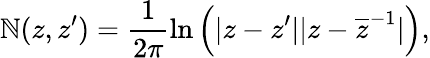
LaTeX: \mathbb{N}(z,z^{\prime})=\frac{{1}}{{2\pi}}\ln\left(|z-z^{\prime}||z-\overline{{{{z}}}}^{-1}|\right),